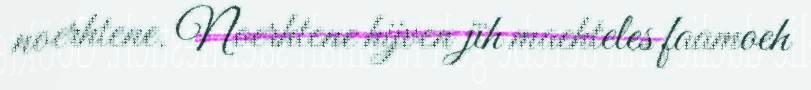
noerhtene. Noerhtene hijven jïh maehteles faamoeh